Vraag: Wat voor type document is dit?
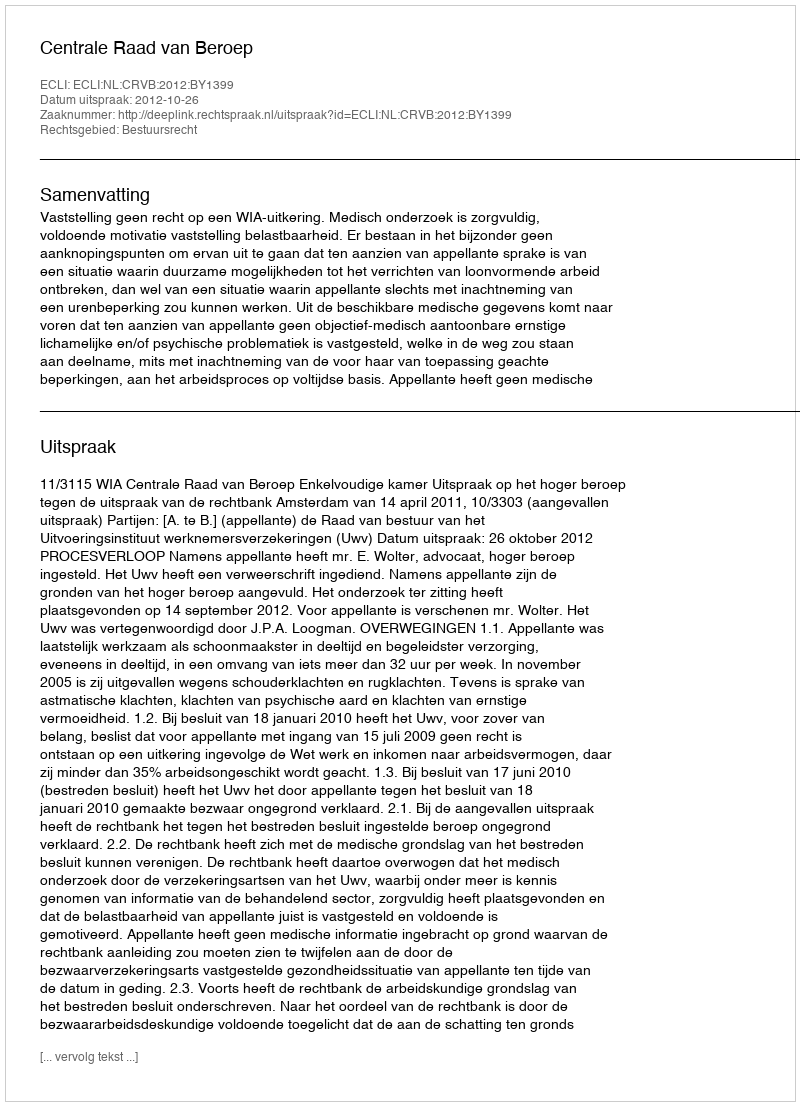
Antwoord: Uitspraak